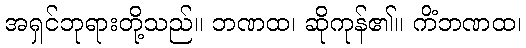
အရှင်ဘုရားတို့သည်။ ဘဏထ၊ ဆိုကုန်၏။ ကိံဘဏထ၊